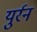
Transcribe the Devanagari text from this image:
युर्रन